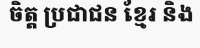
ចិត្ត ប្រជាជន ខ្មែរ និង